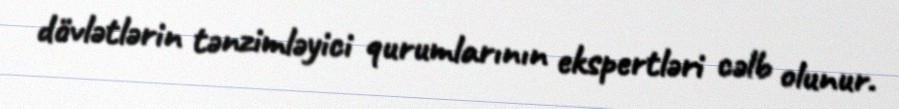
dövlətlərin tənzimləyici qurumlarının ekspertləri cəlb olunur.